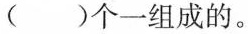
()个一组成的。